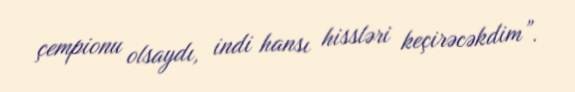
çempionu olsaydı, indi hansı hissləri keçirəcəkdim”.